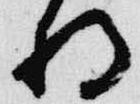
将